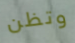
وتظن